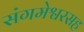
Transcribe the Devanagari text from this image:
संगमेश्वरसह